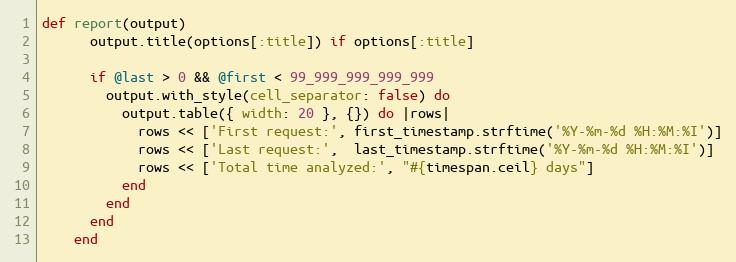
Language: Ruby
def report(output)
      output.title(options[:title]) if options[:title]

      if @last > 0 && @first < 99_999_999_999_999
        output.with_style(cell_separator: false) do
          output.table({ width: 20 }, {}) do |rows|
            rows << ['First request:', first_timestamp.strftime('%Y-%m-%d %H:%M:%I')]
            rows << ['Last request:',  last_timestamp.strftime('%Y-%m-%d %H:%M:%I')]
            rows << ['Total time analyzed:', "#{timespan.ceil} days"]
          end
        end
      end
    end